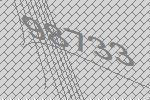
98733